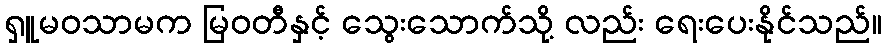
ရှူမဝသာမက မြဝတီနှင့် သွေးသောက်သို့ လည်း ရေးပေးနိုင်သည်။